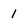
Character: 1